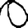
Digit: 0